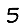
Digit: 5